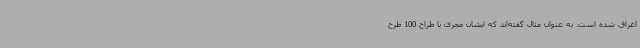
اغراق شده است. به عنوان مثال گفته‌اند که ایشان مجری یا طراح 100 طرح